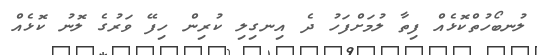
ލުނބޯހުތްކޮޅެއް ފިތާ ލުމަށްފަހު ދެ އިނގިލި ކުރިން ހިފޭ ވަރުގެ ލޮނު ކޮޅެއް